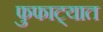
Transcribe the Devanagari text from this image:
फुफाट्यात